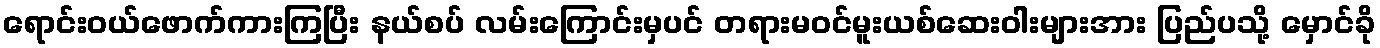
ရောင်းဝယ်ဖောက်ကားကြပြီး နယ်စပ် လမ်းကြောင်းမှပင် တရားမဝင်မူးယစ်ဆေးဝါးများအား ပြည်ပသို့ မှောင်ခို